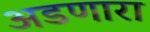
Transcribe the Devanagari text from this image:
अडणारा